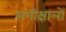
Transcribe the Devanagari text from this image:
समीक्षालों